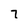
Character: 7